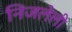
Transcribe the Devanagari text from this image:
निजलेली